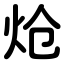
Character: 炝